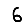
Digit: 6